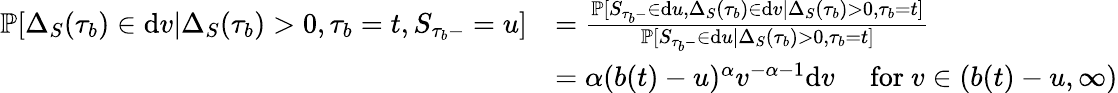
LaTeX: \begin{array}{rl}{\mathbb{P}[\Delta_{S}(\tau_{b})\in\mathrm{d}v|\Delta_{S}(\tau_{b})>0,\tau_{b}=t,S_{\tau_{b}-}=u]}&{=\frac{\mathbb{P}[S_{\tau_{b}-}\in\mathrm{d}u,\Delta_{S}(\tau_{b})\in\mathrm{d}v|\Delta_{S}(\tau_{b})>0,\tau_{b}=t]}{\mathbb{P}[S_{\tau_{b}-}\in\mathrm{d}u|\Delta_{S}(\tau_{b})>0,\tau_{b}=t]}}\\ &{=\alpha(b(t)-u)^{\alpha}v^{-\alpha-1}\mathrm{d}v\quad\mathrm{~for~}v\in(b(t)-u,\infty)}\end{array}